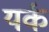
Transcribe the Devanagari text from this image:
यर्क